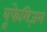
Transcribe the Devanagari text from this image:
यूफेमिज़म